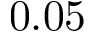
0 . 0 5